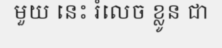
មួយ នេះ រំលេច ខ្លូន ជា